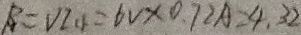
\beta = V I _ { 1 3 } = 6 V \times 0 . 7 2 A = 4 , 3 2